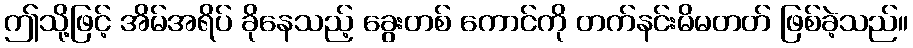
ဤသို့ဖြင့် အိမ်အရိပ် ခိုနေသည့် ခွေးတစ် ကောင်ကို တက်နင်းမိမတတ် ဖြစ်ခဲ့သည်။